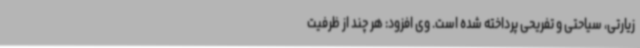
زیارتی، سیاحتی و تفریحی پرداخته شده است. وی افزود: هر چند از ظرفیت